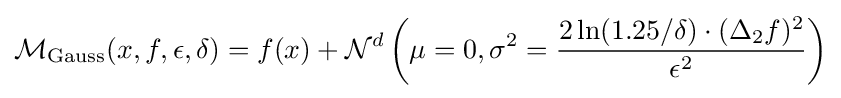
{\mathcal {M}}_{\text{Gauss}}(x,f,\epsilon ,\delta )=f(x)+{\mathcal {N}}^{d}\left(\mu =0,\sigma ^{2}={\frac {2\ln(1.25/\delta )\cdot (\Delta _{2}f)^{2}}{\epsilon ^{2}}}\right)